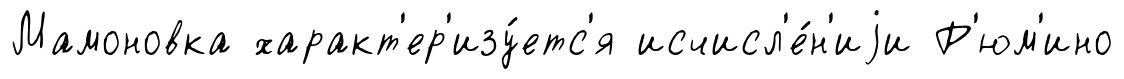
Мамоновка характ'ер'изу́етс'я исчисл'е́н'иjи Р'юм'ино